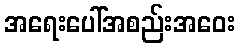
အရေးပေါ်အစည်းအဝေး